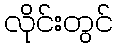
လိုင်းတွင်